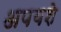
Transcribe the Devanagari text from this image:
अपयशे